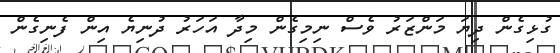
ގުޅިގެން ދިޔަ މަންޒަރު ވެސް ނިމިގެން މިދާ އަހަރު ދުނިޔެ އިން ފެނިގެން